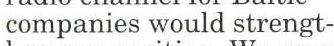
companies would strengt-